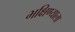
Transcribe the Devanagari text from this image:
भक्षिण्याला